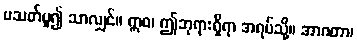
မသတ်မူ၍ သာလျှင်။ ဣဓ၊ ဤဘုရားရှိရာ အရပ်သို့။ အာဂတာ၊